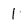
Character: 1